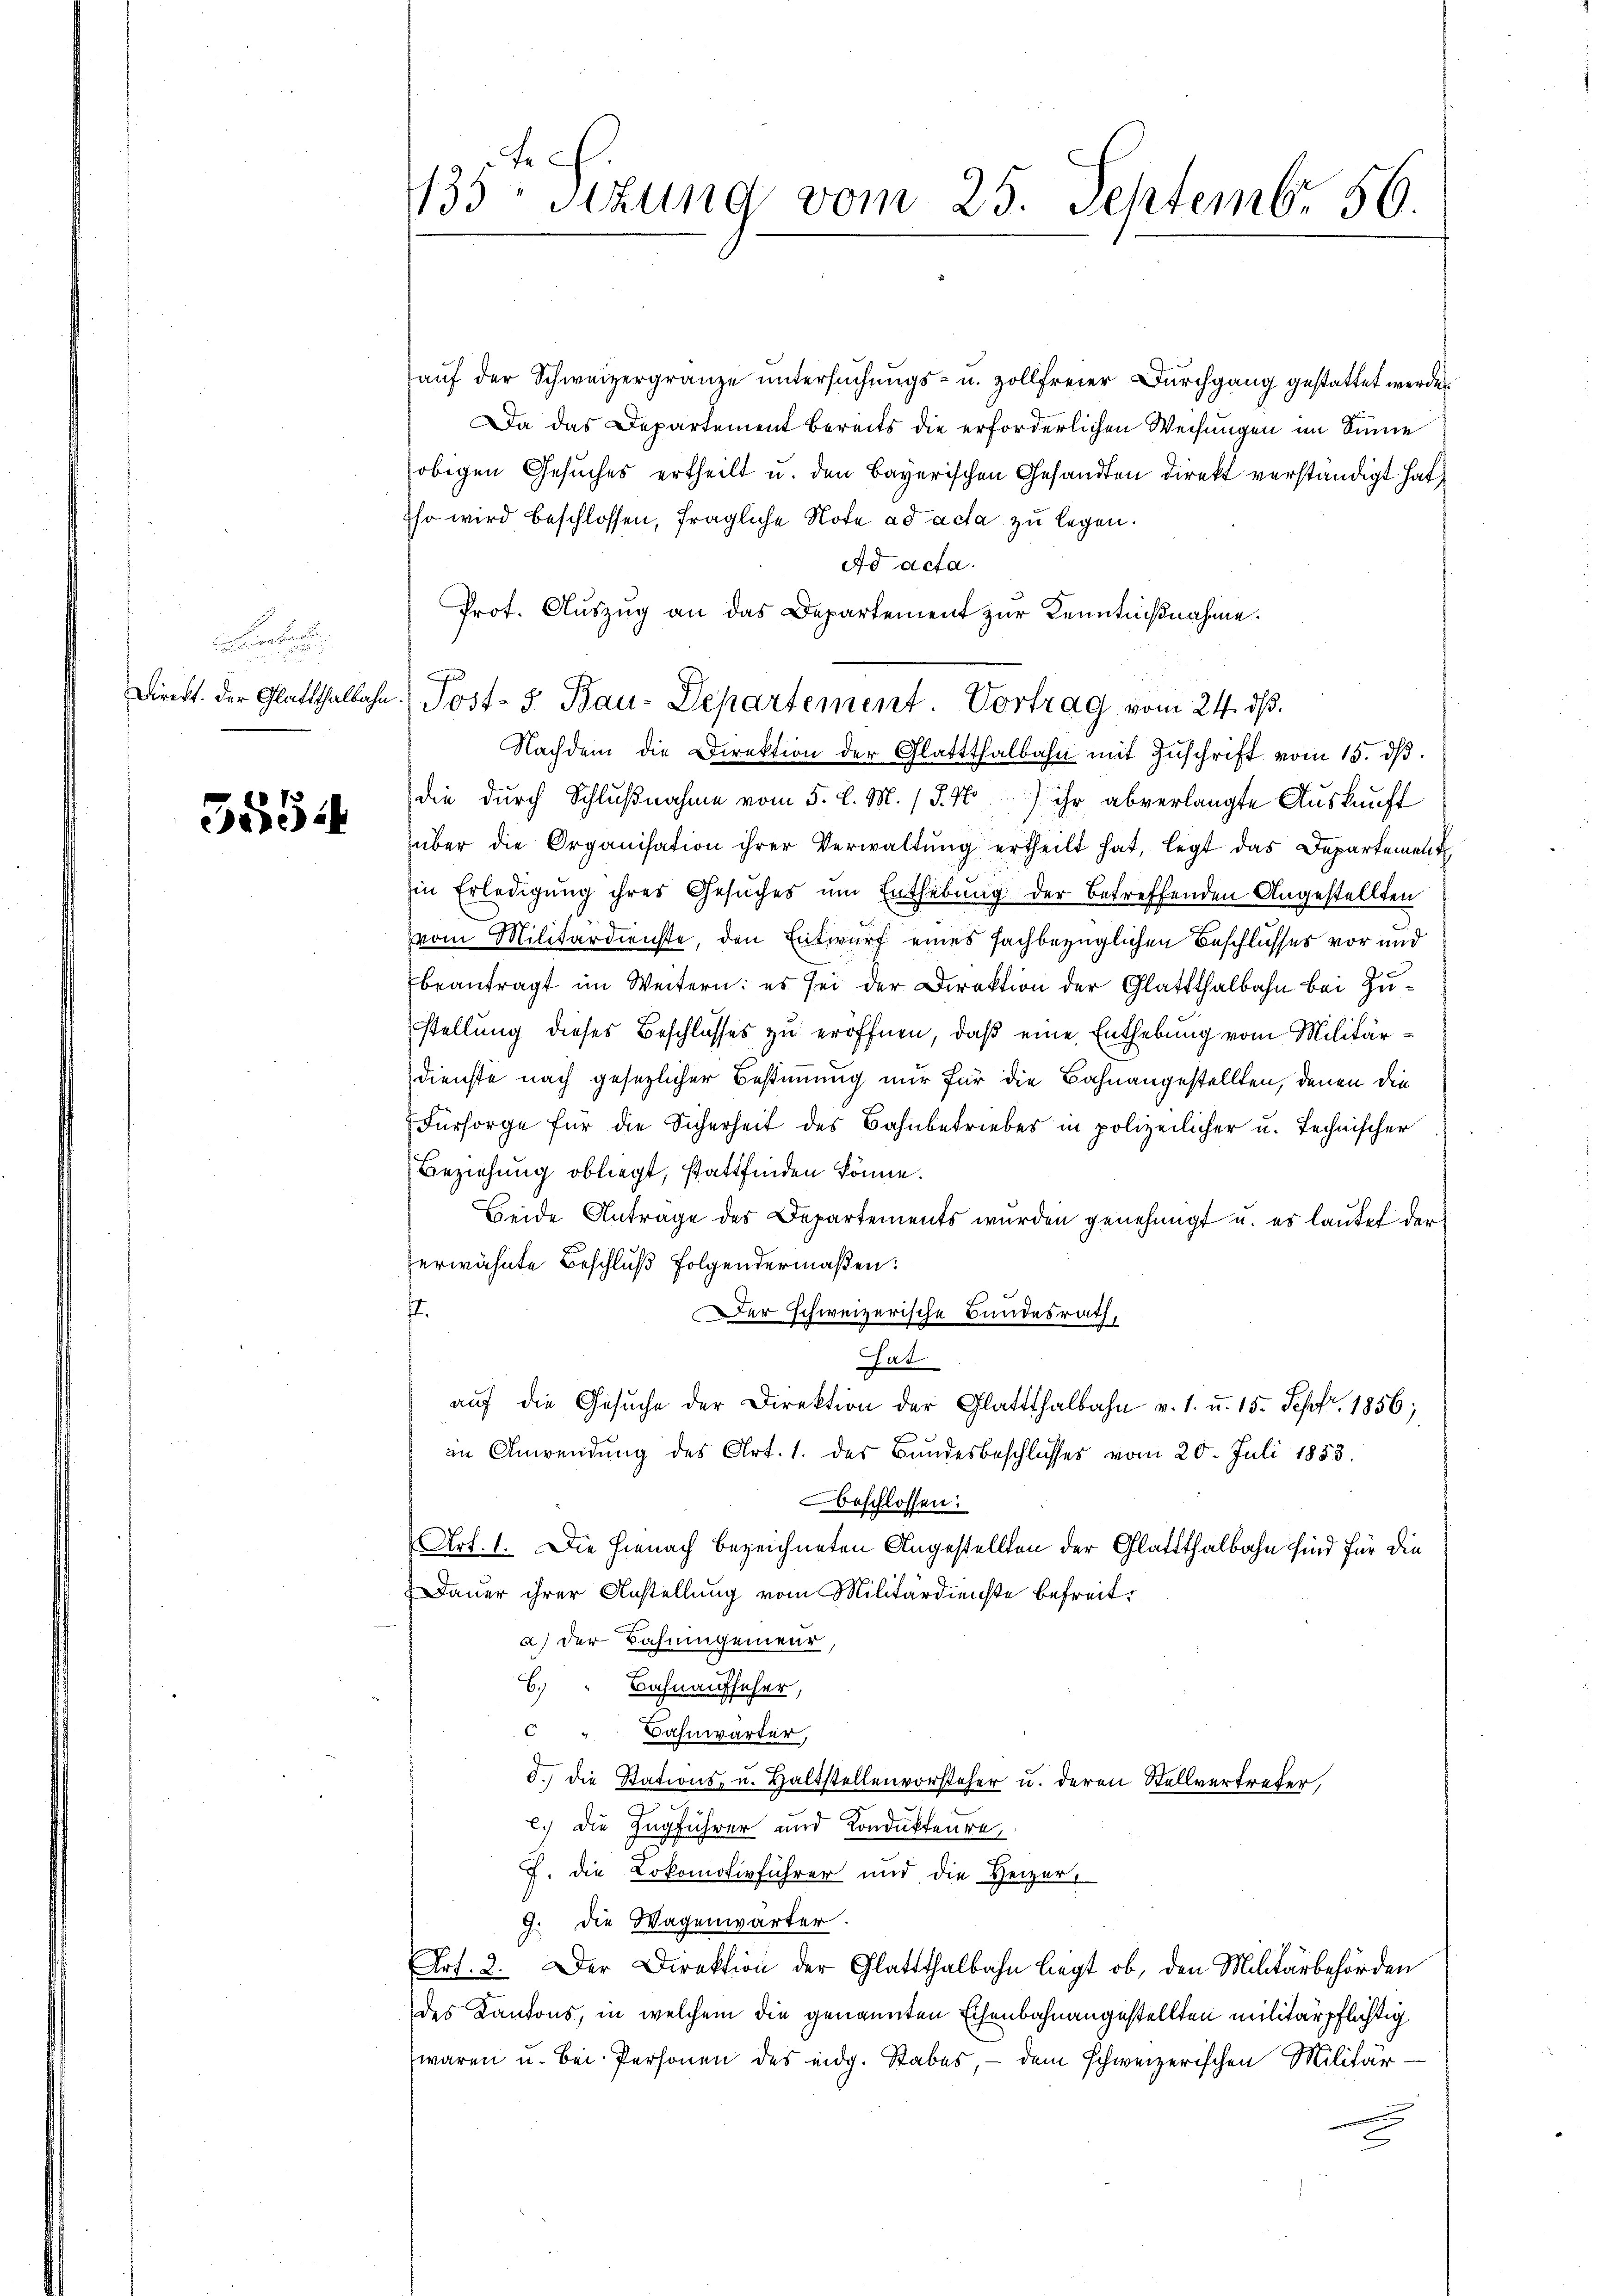
.

Direkt. Der Glattthalbahn

555.

135ten Sizung vom 25. Septembr 56.

auf der Schweizergränze untersuchungs- u. zollfreier Durchgang gestattet werden
Da das Departement bereits die erforderlichen Weisungen im Sinne
obigen Gesuches ertheilt u. den Bayerischen Gesandten direkt verständigt hat
sso wird beschlossen, fragliche Note ad acta zu legen.
ad acta.
Prot. Auszug an das Departement zur Kenntnißnahme.
Nachdem die Direktion der Glattthalbahn mit Zŭschrift vom 15. dβ.
die durch Schlußnahme vom 5. d. M. (S. 4) ihr abverlangte Auskunft
über die Organisation ihrer Verwaltŭng ertheilt hat, legt das Departement
in Erledigung ihres Gesuches um Enthebung der betreffenden Angestellten
vom Militärdienste, den Entwurf eines fachbezüglichen Beschlusses vor und
beantragt im Weitern: es sei der Direktion der Glattthalbahn bei Zustellung dieses Beschlusses zu eröffnen, daß eine Enthebung vom Militärdienste nach gesezlicher Bestimmung nur für die Bahnangestellten, denen die
Fürsorge für die Sicherheit des Bahnbetriebes in polizeilicher u. technischer
Beziehung obliegt, stattfinden könne.
Beide Antrage des Departements wurden genehmigt u. es lautet der
erwähnte Beschluß Folgendermaßen:
4.
Der schweizerische Bundesrath,
hat
aŭf die Gesŭche der Direktion der Glattthalbahn v. 1. u. 15. Sept. 1856;
an Anwendung des Art. 1. der Bundesbeschlusses vom 20. Juli 1853.
beschlossen:
Art. 1. Die Hienach bezeichneten Angestellten der Glattthalbahn sind für die
Dauer ihrer Anstellung vom Militärdienste befreit,
a.) Der Bahningenieur,
C. " Bahnaufseher,
C " Bahnwärter,
d.) die Stations- u. Haltstellenvorsteher u. deren Stellvertreter,
2
c.) Die Zugführer und Kondukteure,
J. die Lokomotivführer und die Heizer,
9. Die Wagenwärter.
Art. 2. Der Direktion der Glattthalbahn liegt ob, den Militärbehörden
des Kantons, in welchem die genannten Eisenbahnangestellten militärpflichtig
waren u. bei Personen des eidg. Stabes, – dem schweizerischen Militär¬

) Post- 5. Bau-Departement Vortrag vom 24. ds.